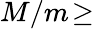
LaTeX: M/m\! \geq